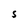
Character: S